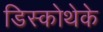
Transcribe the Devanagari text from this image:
डिस्कोथेके